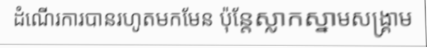
ដំណើរការបានរហូតមកមែន ប៉ុន្តែស្លាកស្នាមសង្គ្រាម